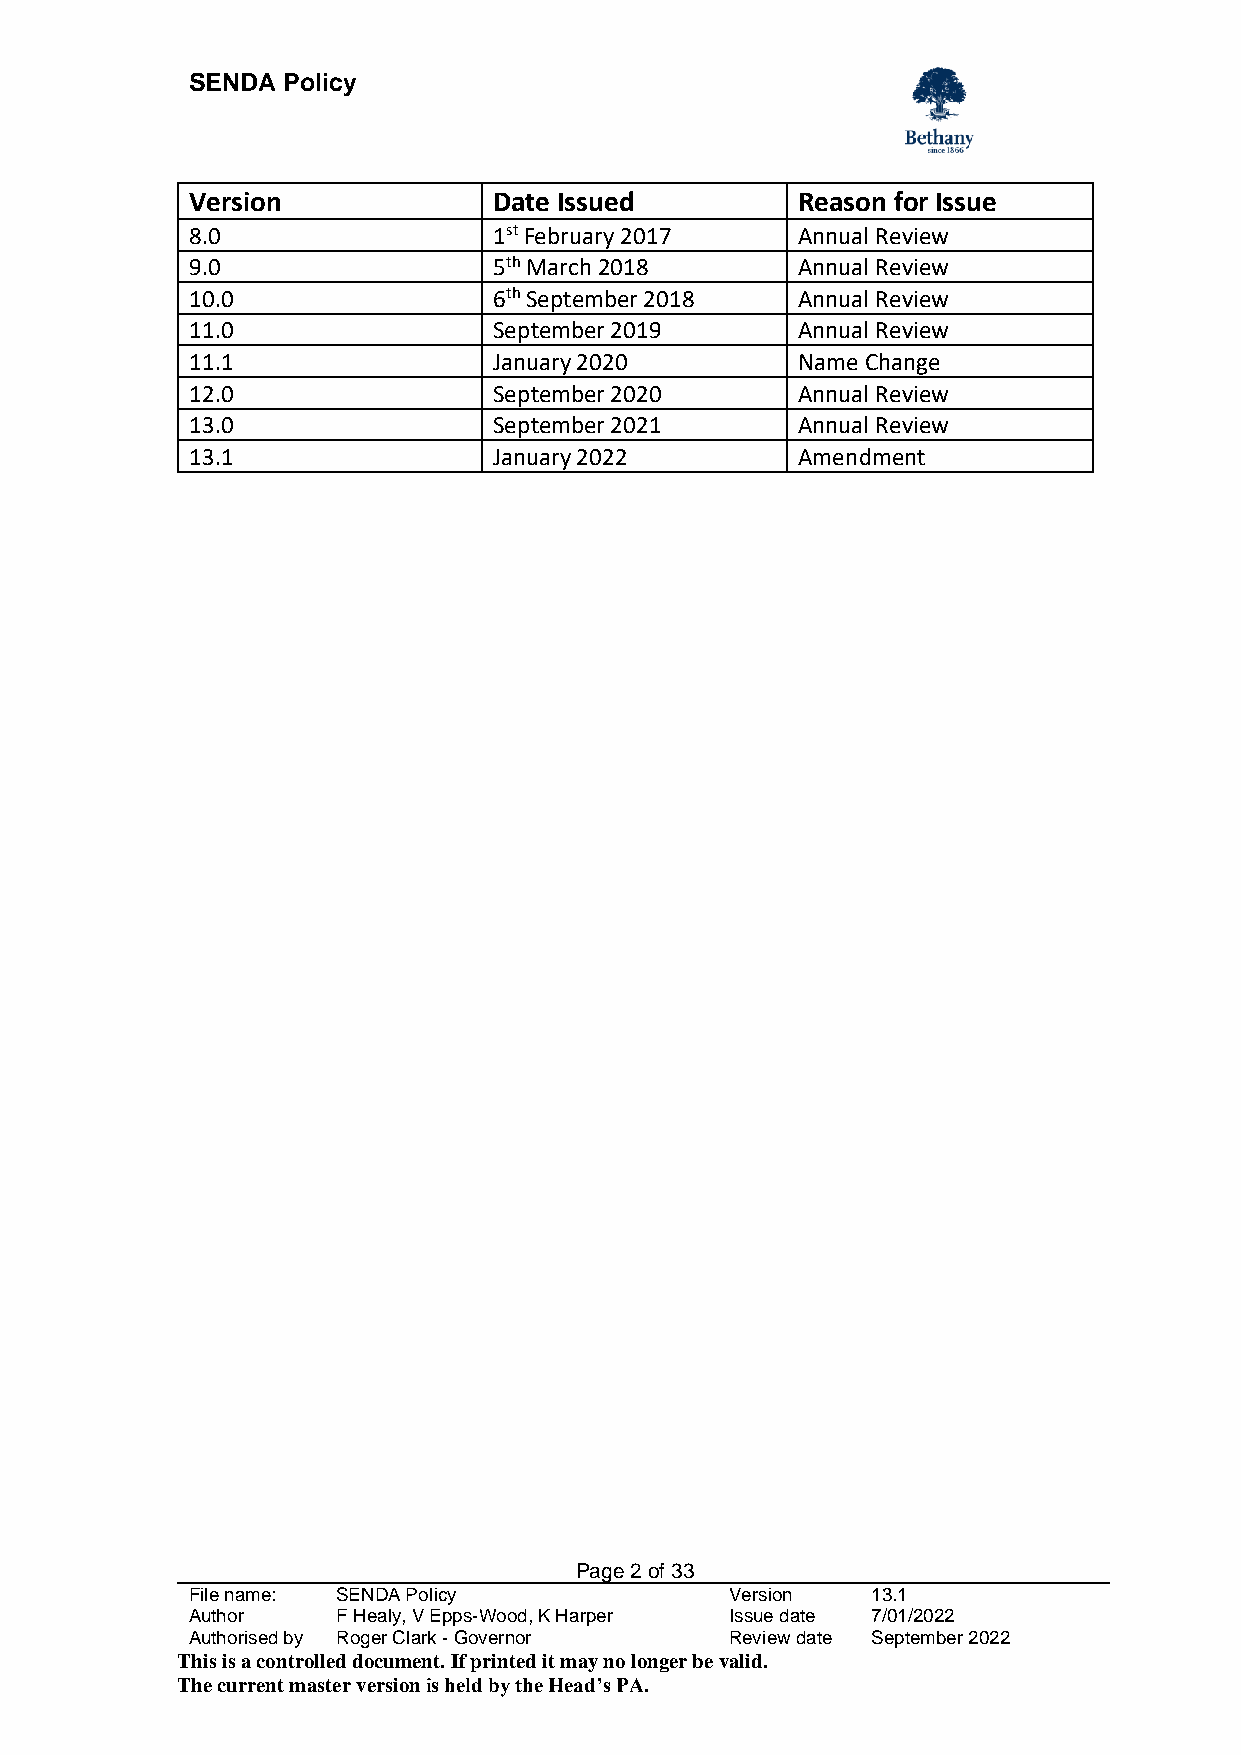
SENDA  Policy
 Version             Date Issued         Reason for Issue
 8.0                 1st February 2017   Annual Review
 9.0                 5th March 2018      Annual Review
 10.0                6th September 2018  Annual Review
 11.0                September 2019      Annual Review
 11.1                January 2020        Name Change
 12.0                September 2020      Annual Review
 13.0                September 2021      Annual Review
 13.1                January 2022        Amendment
 Page 2 of 33
 File name: SENDA Policy             Version   13.1
 Author    F Healy, V Epps-Wood, K Harper Issue date 7/01/2022
 Authorised by Roger Clark - Governor Review date September 2022
 This is a controlled document. If printed it may no longer be valid.
 The current master version is held by the Head’s PA.